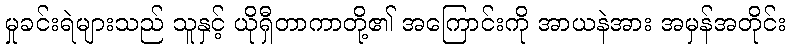
မှုခင်းရဲများသည် သူနှင့် ယိုရှီတာကာတို့၏ အကြောင်းကို အာယနဲအား အမှန်အတိုင်း